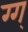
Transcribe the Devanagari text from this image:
ग्ग्